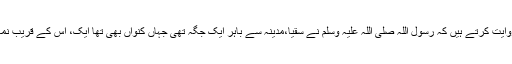
حضرت عبداللہ بن قَتَادَۃ اپنے والد سے روایت کرتے ہیں کہ رسول اللہ صلی اللہ علیہ وسلم نے سُقْیَا،مدینہ سے باہر ایک جگہ تھی جہاں کنواں بھی تھا ایک، اس کے قریب نماز ادا کی اور اہل مدینہ کے لئے دعا کی۔